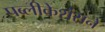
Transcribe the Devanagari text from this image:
पब्लीकेशंसने